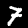
Label: 7